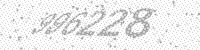
Solution: 996228